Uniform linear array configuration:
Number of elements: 32
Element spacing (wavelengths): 0.25
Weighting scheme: hann
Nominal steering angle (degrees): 30
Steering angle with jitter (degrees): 30.315
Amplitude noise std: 0.05
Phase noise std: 0.05

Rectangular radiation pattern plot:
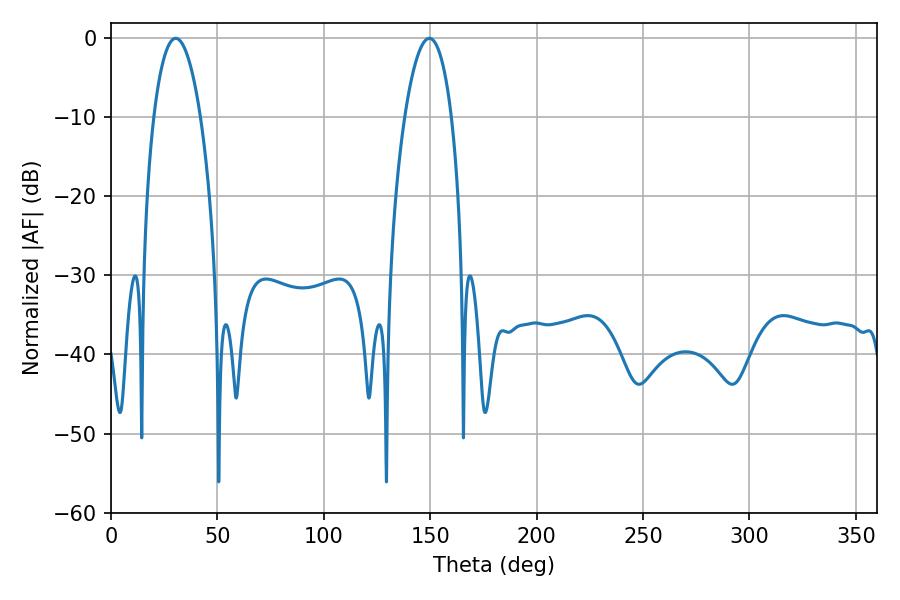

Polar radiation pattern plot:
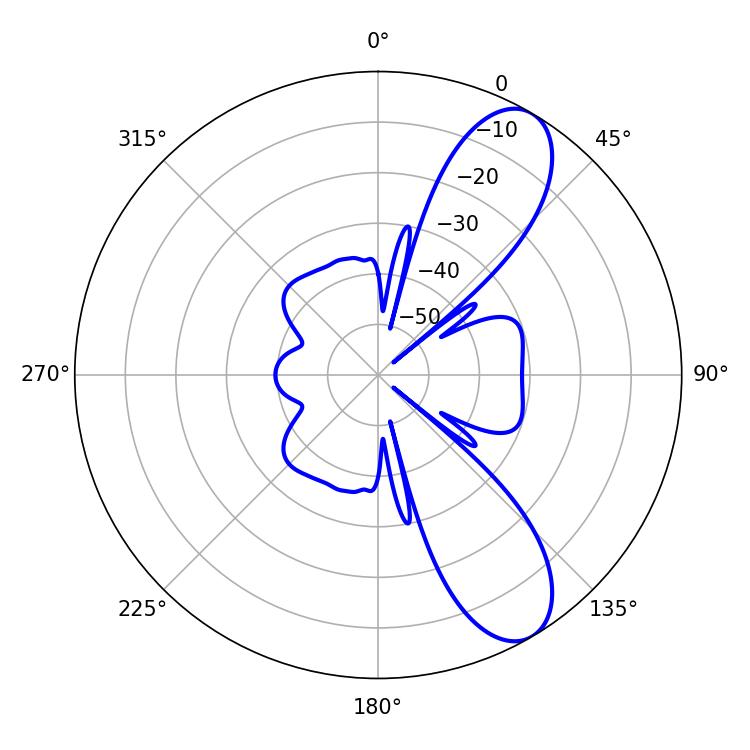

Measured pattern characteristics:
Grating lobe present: FALSE
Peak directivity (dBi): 9.349
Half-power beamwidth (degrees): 12.24
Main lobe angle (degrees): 30.42